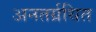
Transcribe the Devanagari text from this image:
अनतर्ग्रथित